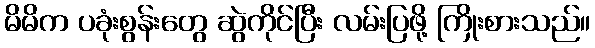
မိမိက ပခုံးစွန်းတွေ ဆွဲကိုင်ပြီး လမ်းပြဖို့ ကြိုးစားသည်။